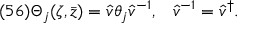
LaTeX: ( 5 6 ) \Theta _ { j } ( \zeta , \bar { z } ) = \hat { v } \theta _ { j } \hat { v } ^ { - 1 } , \; \; \; \hat { v } ^ { - 1 } = \hat { v } ^ { \dagger } .